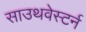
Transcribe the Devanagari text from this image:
साउथवेस्टर्न